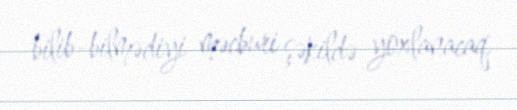
bilib-bilmədiyi məcburi şəkildə yoxlanacaq.